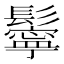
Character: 鬡